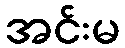
အင်းမ